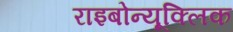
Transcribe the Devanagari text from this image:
राइबोन्यूक्लिक